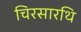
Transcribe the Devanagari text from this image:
चिरसारथि